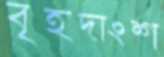
বৃহদাংশ